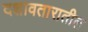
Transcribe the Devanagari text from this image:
दशावतारातील